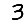
Digit: 3